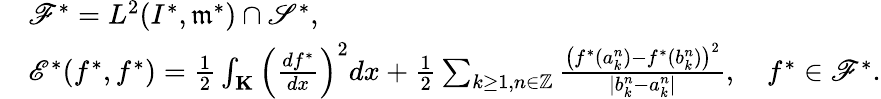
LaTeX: \begin{array}{rl}&{{\mathscr F}^{*}=L^{2}(I^{*},\mathfrak{m}^{*})\cap\mathscr{S}^{*},}\\ &{{\mathscr E}^{*}(f^{*},f^{*})=\frac{1}{2}\int_{\mathbf K}\left(\frac{df^{*}}{dx}\right)^{2}dx+\frac{1}{2}\sum_{k\geq 1,n\in{\mathbb Z}}\frac{\left(f^{*}(a_{k}^{n})-f^{*}(b_{k}^{n})\right)^{2}}{|b_{k}^{n}-a_{k}^{n}|},\quad f^{*}\in{\mathscr F}^{*}.}\end{array}